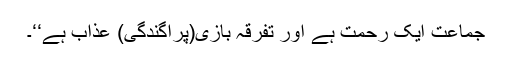
جماعت ایک رحمت ہے اور تفرقہ بازی(پراگندگی) عذاب ہے‘‘۔